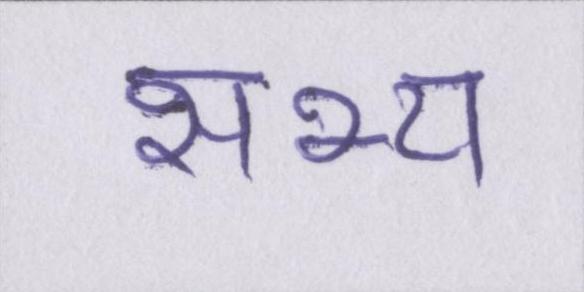
सभ्य